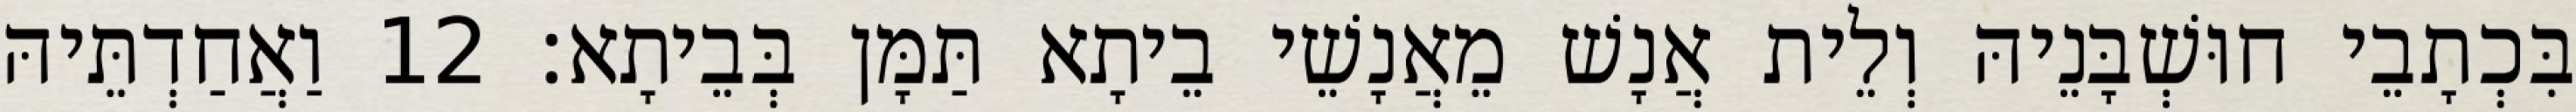
בִּכְתָבֵי חוּשְׁבָּנֵיהּ וְלֵית אֲנָשׁ מֵאֲנָשֵׁי בֵיתָא תַּמָּן בְּבֵיתָא׃ 12 וַאֲחַדְתֵּיהּ